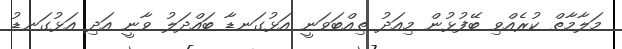
މަލާމާތް ކުރެއްވި ބޭފުޅުން މިއަދު ތިއްބަވަނީ އަޅުގަނޑާ ބައްދަލު ވާނީ އަދި އަޅުގަނޑު